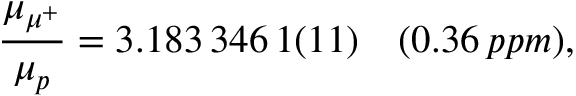
\frac { \mu _ { \mu ^ { + } } } { \mu _ { p } } = 3 . 1 8 3 \, 3 4 6 \, 1 ( 1 1 ) \quad ( 0 . 3 6 \, p p m ) ,